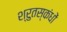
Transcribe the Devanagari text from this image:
श्रुतस्कंधों